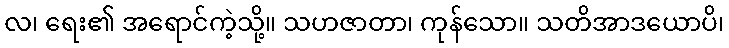
လ၊ ရေး၏ အရောင်ကဲ့သို့။ သဟဇာတာ၊ ကုန်သော။ သတိအာဒယောပိ၊